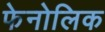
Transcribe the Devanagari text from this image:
फेनोलिक